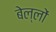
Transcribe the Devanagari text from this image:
बेल्लों